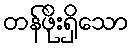
တန်ဖိုးရှိသော